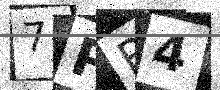
Text: 7PR4